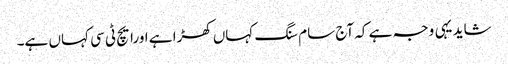
شاید یہی وجہ ہے کہ آج سام سنگ کہاں کھڑا ہے اورایچ ٹی سی کہاں ہے۔